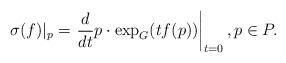
LaTeX: \begin{align*} \sigma(f)|_p = \left. \frac{d}{dt} p \cdot \exp_G(tf(p)) \right|_{t=0}, p \in P. \end{align*}